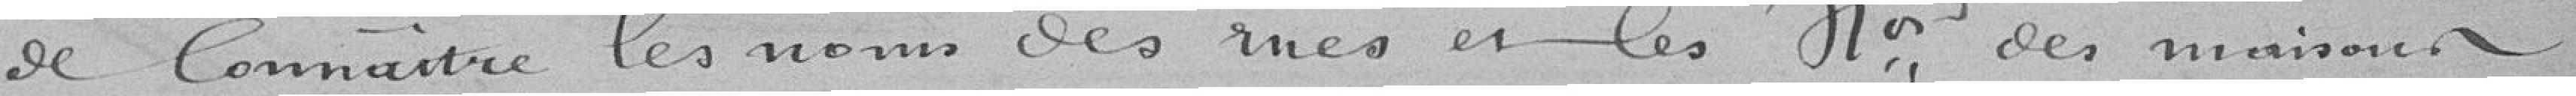
de Connaître les noms des rues er les Hor des maisons